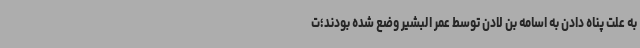
به علت پناه دادن به اسامه بن لادن توسط عمر البشیر وضع شده بودند؛ت